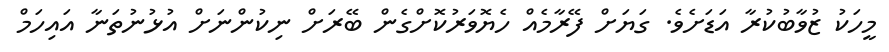
މީހަކު ޒުވާބުކުރާ އަަޑަށެވެ. ގަޔަށް ފޭރާމެއް ހެޔޮވަރުކޮށްގެން ބޭރަށް ނިކުންނަށް އުޅުނުތަނާ އައިހަމް